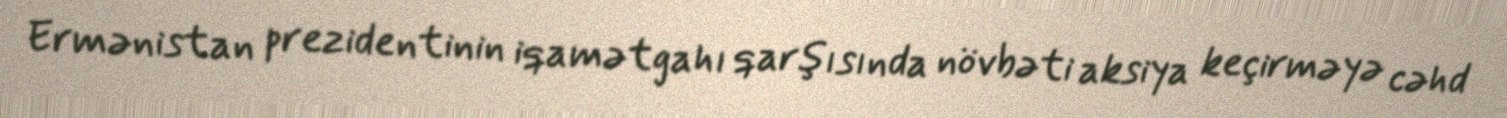
Ermənistan prezidentinin iqamətgahı qarşısında növbəti aksiya keçirməyə cəhd